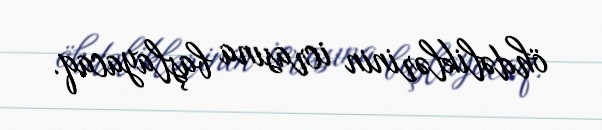
öhdəliklərinin icrasına başlayacaq.